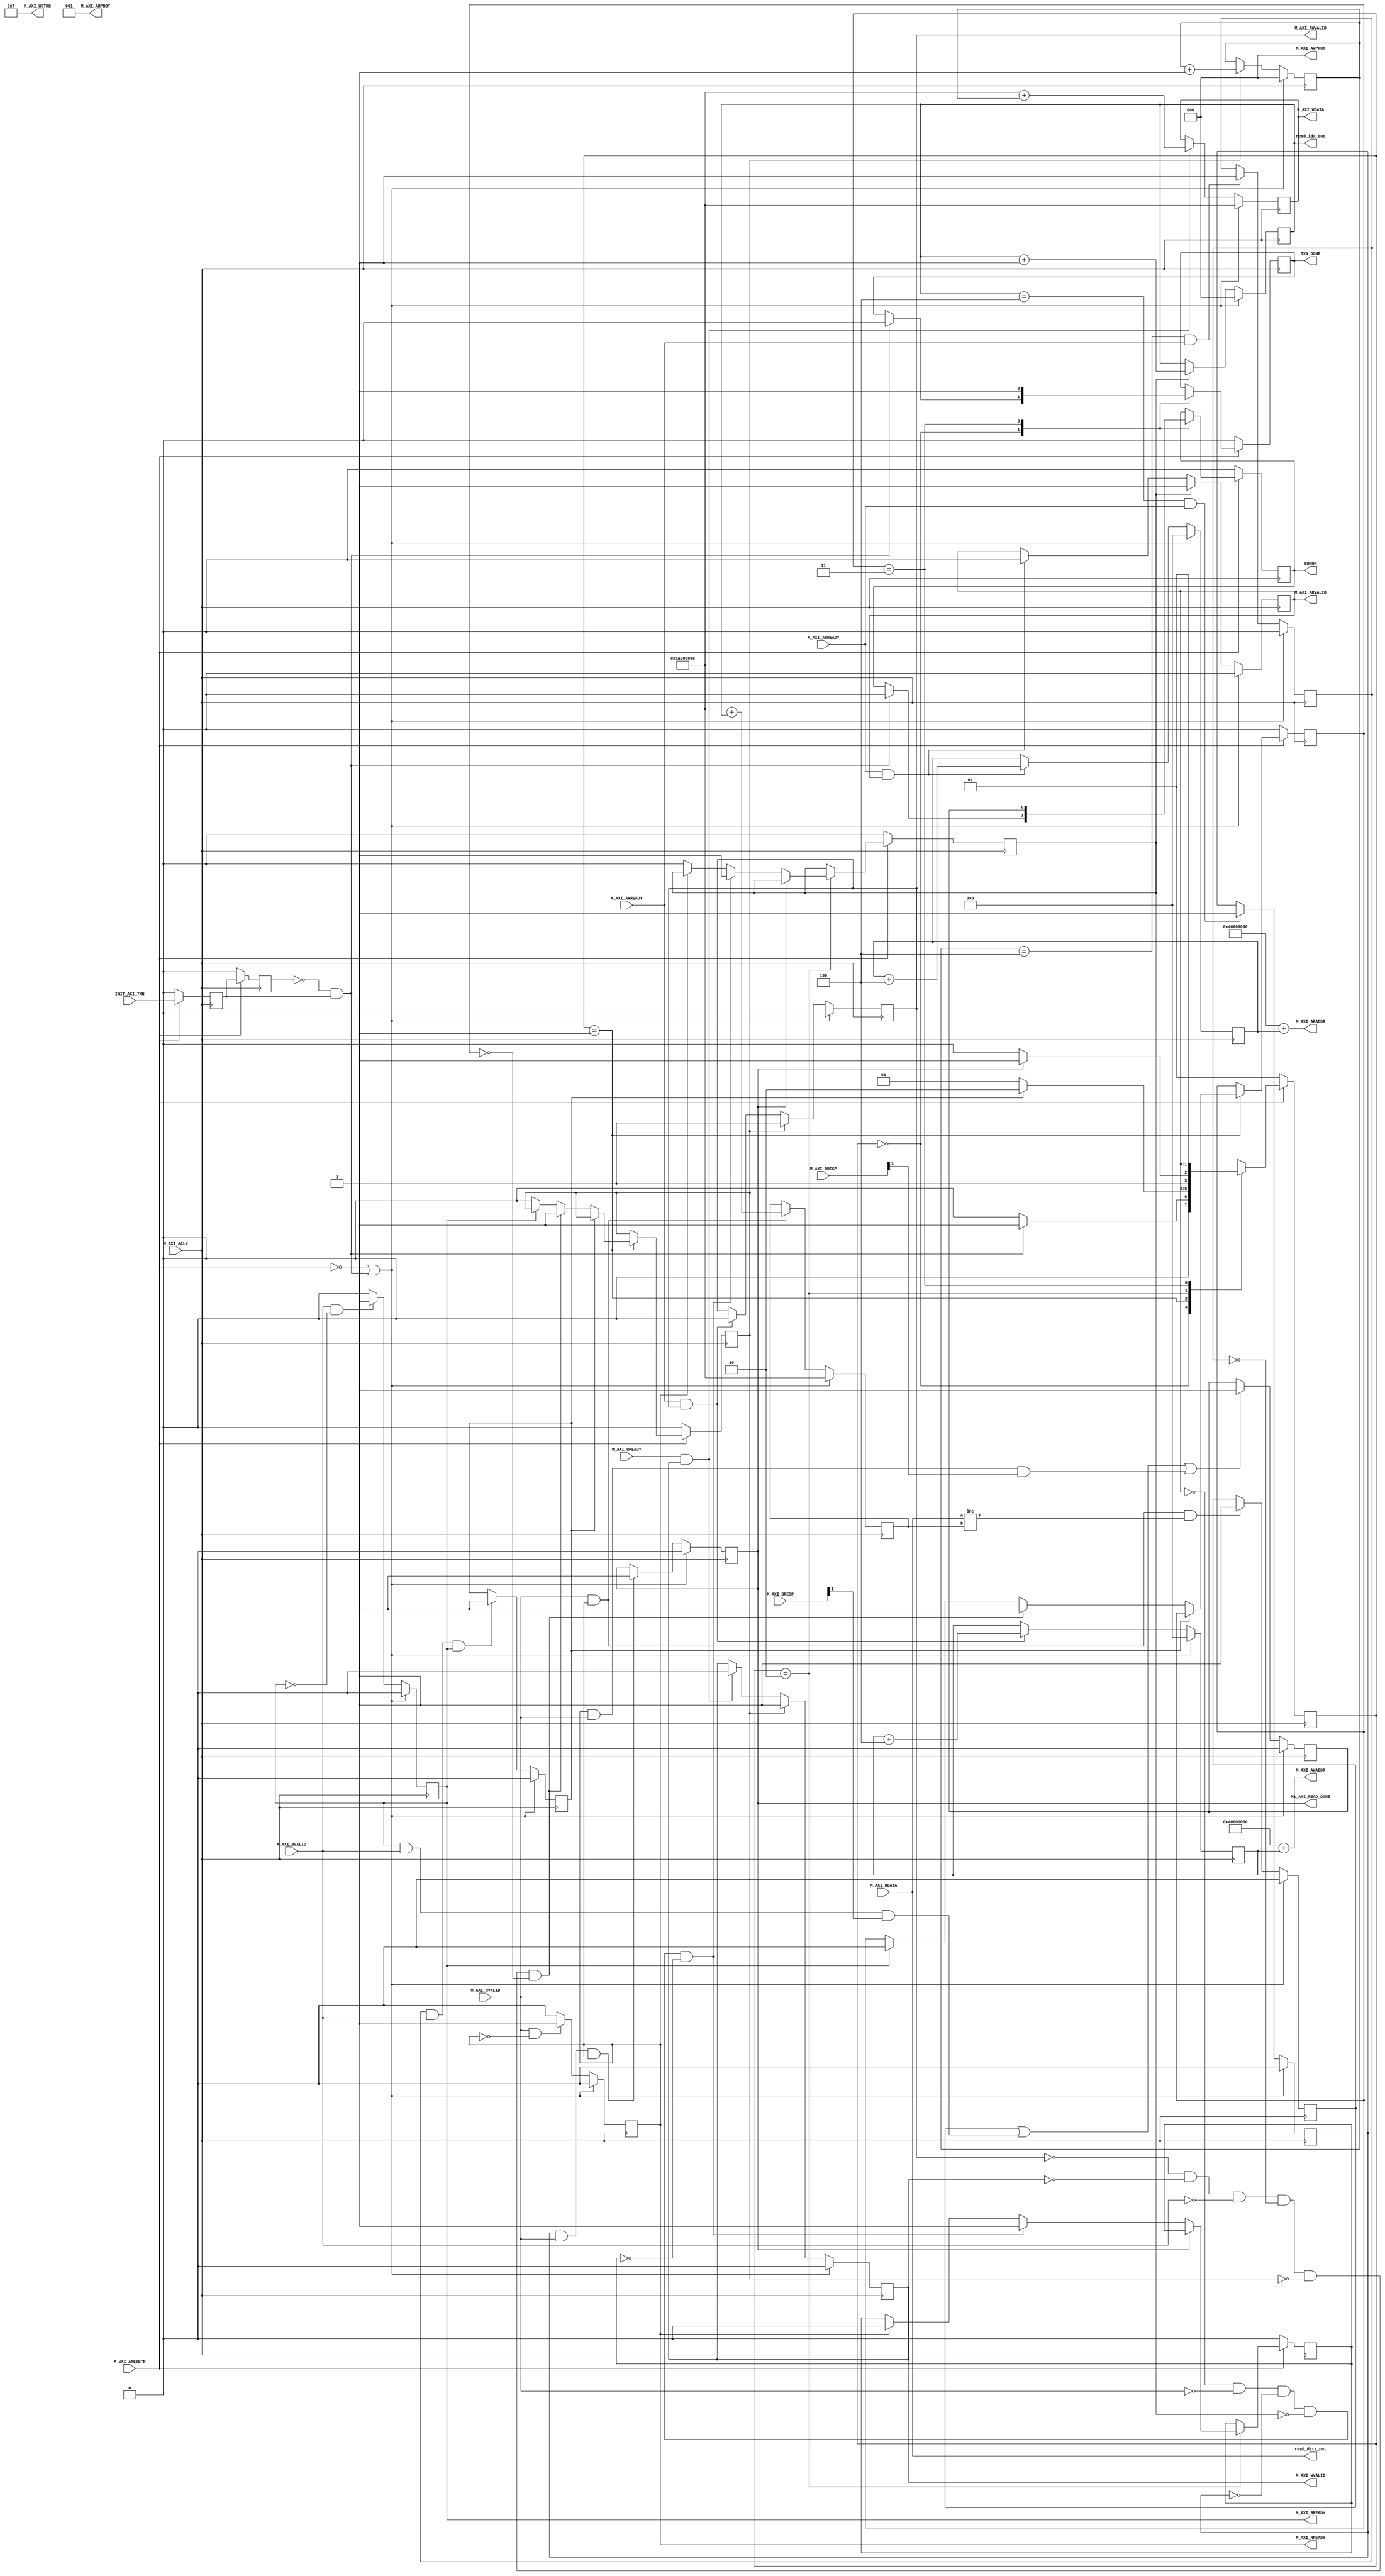
module M01_AXI #
	(
		// Users to add parameters here

		// User parameters ends
		// Do not modify the parameters beyond this line

		// The master will start generating data from the C_M_START_DATA_VALUE value
		parameter  C_M_START_DATA_VALUE	= 32'hAA000000,
		// The master requires a target slave base address.
    // The master will initiate read and write transactions on the slave with base address specified here as a parameter.
		parameter  C_M_TARGET_SLAVE_BASE_ADDR	= 32'h40000000,
		// Width of M_AXI address bus. 
    // The master generates the read and write addresses of width specified as C_M_AXI_ADDR_WIDTH.
		parameter integer C_M_AXI_ADDR_WIDTH	= 32,
		// Width of M_AXI data bus. 
    // The master issues write data and accept read data where the width of the data bus is C_M_AXI_DATA_WIDTH
		parameter integer C_M_AXI_DATA_WIDTH	= 32,
		// Transaction number is the number of write 
    // and read transactions the master will perform as a part of this example memory test.
		parameter integer C_M_TRANSACTIONS_NUM	= 4
	)
	(
		// Users to add ports here

		// User ports ends
		// Do not modify the ports beyond this line

		// Initiate AXI transactions
		input wire  INIT_AXI_TXN,
		// Asserts when ERROR is detected
		output reg  ERROR,
		// Asserts when AXI transactions is complete
		output wire  TXN_DONE,
		// AXI clock signal
		input wire  M_AXI_ACLK,
		// AXI active low reset signal
		input wire  M_AXI_ARESETN,
		// Master Interface Write Address Channel ports. Write address (issued by master)
		output wire [C_M_AXI_ADDR_WIDTH-1 : 0] M_AXI_AWADDR,
		// Write channel Protection type.
    // This signal indicates the privilege and security level of the transaction,
    // and whether the transaction is a data access or an instruction access.
		output wire [2 : 0] M_AXI_AWPROT,
		// Write address valid. 
    // This signal indicates that the master signaling valid write address and control information.
		output wire  M_AXI_AWVALID,
		// Write address ready. 
    // This signal indicates that the slave is ready to accept an address and associated control signals.
		input wire  M_AXI_AWREADY,
		// Master Interface Write Data Channel ports. Write data (issued by master)
		output wire [C_M_AXI_DATA_WIDTH-1 : 0] M_AXI_WDATA,
		// Write strobes. 
    // This signal indicates which byte lanes hold valid data.
    // There is one write strobe bit for each eight bits of the write data bus.
		output wire [C_M_AXI_DATA_WIDTH/8-1 : 0] M_AXI_WSTRB,
		// Write valid. This signal indicates that valid write data and strobes are available.
		output wire  M_AXI_WVALID,
		// Write ready. This signal indicates that the slave can accept the write data.
		input wire  M_AXI_WREADY,
		// Master Interface Write Response Channel ports. 
    // This signal indicates the status of the write transaction.
		input wire [1 : 0] M_AXI_BRESP,
		// Write response valid. 
    // This signal indicates that the channel is signaling a valid write response
		input wire  M_AXI_BVALID,
		// Response ready. This signal indicates that the master can accept a write response.
		output wire  M_AXI_BREADY,
		// Master Interface Read Address Channel ports. Read address (issued by master)
		output wire [C_M_AXI_ADDR_WIDTH-1 : 0] M_AXI_ARADDR,
		// Protection type. 
    // This signal indicates the privilege and security level of the transaction, 
    // and whether the transaction is a data access or an instruction access.
		output wire [2 : 0] M_AXI_ARPROT,
		// Read address valid. 
    // This signal indicates that the channel is signaling valid read address and control information.
		output wire  M_AXI_ARVALID,
		// Read address ready. 
    // This signal indicates that the slave is ready to accept an address and associated control signals.
		input wire  M_AXI_ARREADY,
		// Master Interface Read Data Channel ports. Read data (issued by slave)
		input wire [C_M_AXI_DATA_WIDTH-1 : 0] M_AXI_RDATA,
		// Read response. This signal indicates the status of the read transfer.
		input wire [1 : 0] M_AXI_RRESP,
		// Read valid. This signal indicates that the channel is signaling the required read data.
		input wire  M_AXI_RVALID,
		// Read ready. This signal indicates that the master can accept the read data and response information.
		output wire  M_AXI_RREADY,

		//user add
		
        output wire                             M1_AXI_READ_DONE,
		output wire [C_M_AXI_DATA_WIDTH-1 : 0] read_data_out,
		output wire [TRANS_NUM_BITS : 0]       read_idx_out
	);

	// function called clogb2 that returns an integer which has the
	// value of the ceiling of the log base 2

	 function integer clogb2 (input integer bit_depth);
		 begin
		 for(clogb2=0; bit_depth>0; clogb2=clogb2+1)
			 bit_depth = bit_depth >> 1;
		 end
	 endfunction

	// TRANS_NUM_BITS is the width of the index counter for 
	// number of write or read transaction.
	 localparam integer TRANS_NUM_BITS = clogb2(C_M_TRANSACTIONS_NUM-1);

	// Example State machine to initialize counter, initialize write transactions, 
	// initialize read transactions and comparison of read data with the 
	// written data words.
	parameter [1:0] IDLE = 2'b00, // This state initiates AXI4Lite transaction 
			// after the state machine changes state to INIT_WRITE   
			// when there is 0 to 1 transition on INIT_AXI_TXN
		INIT_WRITE   = 2'b01, // This state initializes write transaction,
			// once writes are done, the state machine 
			// changes state to INIT_READ 
		INIT_READ = 2'b10, // This state initializes read transaction
			// once reads are done, the state machine 
			// changes state to INIT_COMPARE 
		INIT_COMPARE = 2'b11; // This state issues the status of comparison 
			// of the written data with the read data	

	 reg [1:0] mst_exec_state;

	// AXI4LITE signals
	//write address valid
	reg  	axi_awvalid;
	//write data valid
	reg  	axi_wvalid;
	//read address valid
	reg  	axi_arvalid;
	//read data acceptance
	reg  	axi_rready;
	//write response acceptance
	reg  	axi_bready;
	//write address
	reg [C_M_AXI_ADDR_WIDTH-1 : 0] 	axi_awaddr;
	//write data
	reg [C_M_AXI_DATA_WIDTH-1 : 0] 	axi_wdata;
	//read addresss
	reg [C_M_AXI_ADDR_WIDTH-1 : 0] 	axi_araddr;
	//Asserts when there is a write response error
	wire  	write_resp_error;
	//Asserts when there is a read response error
	wire  	read_resp_error;
	//A pulse to initiate a write transaction
	reg  	start_single_write;
	//A pulse to initiate a read transaction
	reg  	start_single_read;
	//Asserts when a single beat write transaction is issued and remains asserted till the completion of write trasaction.
	reg  	write_issued;
	//Asserts when a single beat read transaction is issued and remains asserted till the completion of read trasaction.
	reg  	read_issued;
	//flag that marks the completion of write trasactions. The number of write transaction is user selected by the parameter C_M_TRANSACTIONS_NUM.
	reg  	writes_done;
	//flag that marks the completion of read trasactions. The number of read transaction is user selected by the parameter C_M_TRANSACTIONS_NUM
	reg  	reads_done;
	//The error register is asserted when any of the write response error, read response error or the data mismatch flags are asserted.
	reg  	error_reg;
	//index counter to track the number of write transaction issued
	reg [TRANS_NUM_BITS : 0] 	write_index;
	//index counter to track the number of read transaction issued
	reg [TRANS_NUM_BITS : 0] 	read_index;
	//Expected read data used to compare with the read data.
	reg [C_M_AXI_DATA_WIDTH-1 : 0] 	expected_rdata;
	//Flag marks the completion of comparison of the read data with the expected read data
	reg  	compare_done;
	//This flag is asserted when there is a mismatch of the read data with the expected read data.
	reg  	read_mismatch;
	//Flag is asserted when the write index reaches the last write transction number
	reg  	last_write;
	//Flag is asserted when the read index reaches the last read transction number
	reg  	last_read;
	reg  	init_txn_ff;
	reg  	init_txn_ff2;
	reg  	init_txn_edge;
	wire  	init_txn_pulse;


	// I/O Connections assignments

	//Adding the offset address to the base addr of the slave
	assign M_AXI_AWADDR	= C_M_TARGET_SLAVE_BASE_ADDR + 32'h00001000 + axi_awaddr;
	//AXI 4 write data
	assign M_AXI_WDATA	= axi_wdata;
	assign M_AXI_AWPROT	= 3'b000;
	assign M_AXI_AWVALID	= axi_awvalid;
	//Write Data(W)
	assign M_AXI_WVALID	= axi_wvalid;
	//Set all byte strobes in this example
	assign M_AXI_WSTRB	= 4'b1111;
	//Write Response (B)
	assign M_AXI_BREADY	= axi_bready;
	//Read Address (AR)
	assign M_AXI_ARADDR	= C_M_TARGET_SLAVE_BASE_ADDR + axi_araddr;
	assign M_AXI_ARVALID	= axi_arvalid;
	assign M_AXI_ARPROT	= 3'b001;
	//Read and Read Response (R)
	assign M_AXI_RREADY	= axi_rready;
	//Example design I/O
	assign TXN_DONE	= compare_done;
	assign init_txn_pulse	= (!init_txn_ff2) && init_txn_ff;


	//Generate a pulse to initiate AXI transaction.
	always @(posedge M_AXI_ACLK)										      
	  begin                                                                        
	    // Initiates AXI transaction delay    
	    if (M_AXI_ARESETN == 0 )                                                   
	      begin                                                                    
	        init_txn_ff <= 1'b0;                                                   
	        init_txn_ff2 <= 1'b0;                                                   
	      end                                                                               
	    else                                                                       
	      begin  
	        init_txn_ff <= INIT_AXI_TXN;
	        init_txn_ff2 <= init_txn_ff;                                                                 
	      end                                                                      
	  end     


	//--------------------
	//Write Address Channel
	//--------------------

	// The purpose of the write address channel is to request the address and 
	// command information for the entire transaction.  It is a single beat
	// of information.

	// Note for this example the axi_awvalid/axi_wvalid are asserted at the same
	// time, and then each is deasserted independent from each other.
	// This is a lower-performance, but simplier control scheme.

	// AXI VALID signals must be held active until accepted by the partner.

	// A data transfer is accepted by the slave when a master has
	// VALID data and the slave acknoledges it is also READY. While the master
	// is allowed to generated multiple, back-to-back requests by not 
	// deasserting VALID, this design will add rest cycle for
	// simplicity.

	// Since only one outstanding transaction is issued by the user design,
	// there will not be a collision between a new request and an accepted
	// request on the same clock cycle. 

	  always @(posedge M_AXI_ACLK)										      
	  begin                                                                        
	    //Only VALID signals must be deasserted during reset per AXI spec          
	    //Consider inverting then registering active-low reset for higher fmax     
	    if (M_AXI_ARESETN == 0 || init_txn_pulse == 1'b1)                                                   
	      begin                                                                    
	        axi_awvalid <= 1'b0;                                                   
	      end                                                                      
	      //Signal a new address/data command is available by user logic           
	    else                                                                       
	      begin                                                                    
	        if (start_single_write)                                                
	          begin                                                                
	            axi_awvalid <= 1'b1;                                               
	          end                                                                  
	     //Address accepted by interconnect/slave (issue of M_AXI_AWREADY by slave)
	        else if (M_AXI_AWREADY && axi_awvalid)                                 
	          begin                                                                
	            axi_awvalid <= 1'b0;                                               
	          end                                                                  
	      end                                                                      
	  end                                                                          
	                                                                               
	                                                                               
	  // start_single_write triggers a new write                                   
	  // transaction. write_index is a counter to                                  
	  // keep track with number of write transaction                               
	  // issued/initiated                                                          
	  always @(posedge M_AXI_ACLK)                                                 
	  begin                                                                        
	    if (M_AXI_ARESETN == 0 || init_txn_pulse == 1'b1)                                                   
	      begin                                                                    
	        write_index <= 0;                                                      
	      end                                                                      
	      // Signals a new write address/ write data is                            
	      // available by user logic                                               
	    else if (start_single_write)                                               
	      begin                                                                    
	        write_index <= write_index + 1;                                        
	      end                                                                      
	  end                                                                          


	//--------------------
	//Write Data Channel
	//--------------------

	//The write data channel is for transfering the actual data.
	//The data generation is speific to the example design, and 
	//so only the WVALID/WREADY handshake is shown here

	   always @(posedge M_AXI_ACLK)                                        
	   begin                                                                         
	     if (M_AXI_ARESETN == 0  || init_txn_pulse == 1'b1)                                                    
	       begin                                                                     
	         axi_wvalid <= 1'b0;                                                     
	       end                                                                       
	     //Signal a new address/data command is available by user logic              
	     else if (start_single_write)                                                
	       begin                                                                     
	         axi_wvalid <= 1'b1;                                                     
	       end                                                                       
	     //Data accepted by interconnect/slave (issue of M_AXI_WREADY by slave)      
	     else if (M_AXI_WREADY && axi_wvalid)                                        
	       begin                                                                     
	        axi_wvalid <= 1'b0;                                                      
	       end                                                                       
	   end                                                                           


	//----------------------------
	//Write Response (B) Channel
	//----------------------------

	//The write response channel provides feedback that the write has committed
	//to memory. BREADY will occur after both the data and the write address
	//has arrived and been accepted by the slave, and can guarantee that no
	//other accesses launched afterwards will be able to be reordered before it.

	//The BRESP bit [1] is used indicate any errors from the interconnect or
	//slave for the entire write burst. This example will capture the error.

	//While not necessary per spec, it is advisable to reset READY signals in
	//case of differing reset latencies between master/slave.

	  always @(posedge M_AXI_ACLK)                                    
	  begin                                                                
	    if (M_AXI_ARESETN == 0 || init_txn_pulse == 1'b1)                                           
	      begin                                                            
	        axi_bready <= 1'b0;                                            
	      end                                                              
	    // accept/acknowledge bresp with axi_bready by the master          
	    // when M_AXI_BVALID is asserted by slave                          
	    else if (M_AXI_BVALID && ~axi_bready)                              
	      begin                                                            
	        axi_bready <= 1'b1;                                            
	      end                                                              
	    // deassert after one clock cycle                                  
	    else if (axi_bready)                                               
	      begin                                                            
	        axi_bready <= 1'b0;                                            
	      end                                                              
	    // retain the previous value                                       
	    else                                                               
	      axi_bready <= axi_bready;                                        
	  end                                                                  
	                                                                       
	//Flag write errors                                                    
	assign write_resp_error = (axi_bready & M_AXI_BVALID & M_AXI_BRESP[1]);


	//----------------------------
	//Read Address Channel
	//----------------------------

	//start_single_read triggers a new read transaction. read_index is a counter to
	//keep track with number of read transaction issued/initiated

	  always @(posedge M_AXI_ACLK)                                                     
	  begin                                                                            
	    if (M_AXI_ARESETN == 0 || init_txn_pulse == 1'b1)                                                       
	      begin                                                                        
	        read_index <= 0;                                                           
	      end                                                                          
	    // Signals a new read address is                                               
	    // available by user logic                                                     
	    else if (start_single_read)                                                    
	      begin                                                                        
	        read_index <= read_index + 1;                                              
	      end                                                                          
	  end                                                                              
	                                                                                   
	  // A new axi_arvalid is asserted when there is a valid read address              
	  // available by the master. start_single_read triggers a new read                
	  // transaction                                                                   
	  always @(posedge M_AXI_ACLK)                                                     
	  begin                                                                            
	    if (M_AXI_ARESETN == 0 || init_txn_pulse == 1'b1)                                                       
	      begin                                                                        
	        axi_arvalid <= 1'b0;                                                       
	      end                                                                          
	    //Signal a new read address command is available by user logic                 
	    else if (start_single_read)                                                    
	      begin                                                                        
	        axi_arvalid <= 1'b1;                                                       
	      end                                                                          
	    //RAddress accepted by interconnect/slave (issue of M_AXI_ARREADY by slave)    
	    else if (M_AXI_ARREADY && axi_arvalid)                                         
	      begin                                                                        
	        axi_arvalid <= 1'b0;                                                       
	      end                                                                          
	    // retain the previous value                                                   
	  end                                                                              


	//--------------------------------
	//Read Data (and Response) Channel
	//--------------------------------

	//The Read Data channel returns the results of the read request 
	//The master will accept the read data by asserting axi_rready
	//when there is a valid read data available.
	//While not necessary per spec, it is advisable to reset READY signals in
	//case of differing reset latencies between master/slave.

	  always @(posedge M_AXI_ACLK)                                    
	  begin                                                                 
	    if (M_AXI_ARESETN == 0 || init_txn_pulse == 1'b1)                                            
	      begin                                                             
	        axi_rready <= 1'b0;                                             
	      end                                                               
	    // accept/acknowledge rdata/rresp with axi_rready by the master     
	    // when M_AXI_RVALID is asserted by slave                           
	    else if (M_AXI_RVALID && ~axi_rready)                               
	      begin                                                             
	        axi_rready <= 1'b1;                                             
	      end                                                               
	    // deassert after one clock cycle                                   
	    else if (axi_rready)                                                
	      begin                                                             
	        axi_rready <= 1'b0;                                             
	      end                                                               
	    // retain the previous value                                        
	  end                                                                   
	                                                                        
	//Flag write errors                                                     
	assign read_resp_error = (axi_rready & M_AXI_RVALID & M_AXI_RRESP[1]);  


	//--------------------------------
	//User Logic
	//--------------------------------

	//Address/Data Stimulus

	//Address/data pairs for this example. The read and write values should
	//match.
	//Modify these as desired for different address patterns.

	  //Write Addresses                                        
	  always @(posedge M_AXI_ACLK)                                  
	      begin                                                     
	        if (M_AXI_ARESETN == 0  || init_txn_pulse == 1'b1)                                
	          begin                                                 
	            axi_awaddr <= 0;                                    
	          end                                                   
	          // Signals a new write address/ write data is         
	          // available by user logic                            
	        else if (M_AXI_AWREADY && axi_awvalid)                  
	          begin                                                 
	            axi_awaddr <= axi_awaddr + 32'h00000004;            
	                                                                
	          end                                                   
	      end                                                       
	                                                                
	  // Write data generation                                      
	  always @(posedge M_AXI_ACLK)                                  
	      begin                                                     
	        if (M_AXI_ARESETN == 0 || init_txn_pulse == 1'b1 )                                
	          begin                                                 
	            axi_wdata <= C_M_START_DATA_VALUE;                  
	          end                                                   
	        // Signals a new write address/ write data is           
	        // available by user logic                              
	        else if (M_AXI_WREADY && axi_wvalid)                    
	          begin                                                 
	            axi_wdata <= C_M_START_DATA_VALUE + write_index;    
	          end                                                   
	        end          	                                       
	                                                                
	  //Read Addresses                                              
	  always @(posedge M_AXI_ACLK)                                  
	      begin                                                     
	        if (M_AXI_ARESETN == 0  || init_txn_pulse == 1'b1)                                
	          begin                                                 
	            axi_araddr <= 0;                                    
	          end                                                   
	          // Signals a new write address/ write data is         
	          // available by user logic                            
	        else if (M_AXI_ARREADY && axi_arvalid)                  
	          begin                                                 
	            axi_araddr <= axi_araddr + 32'h00000004;            
	          end                                                   
	      end                                                       
	                                                                
	                                                                
	                                                                
	  always @(posedge M_AXI_ACLK)                                  
	      begin                                                     
	        if (M_AXI_ARESETN == 0  || init_txn_pulse == 1'b1)                                
	          begin                                                 
	            expected_rdata <= C_M_START_DATA_VALUE;             
	          end                                                   
	          // Signals a new write address/ write data is         
	          // available by user logic                            
	        else if (M_AXI_RVALID && axi_rready)                    
	          begin                                                 
	            expected_rdata <= C_M_START_DATA_VALUE + read_index;
	          end                                                   
	      end                                                       
	  //implement master command interface state machine                         
	  always @ ( posedge M_AXI_ACLK)                                                    
	  begin                                                                             
	    if (M_AXI_ARESETN == 1'b0)                                                     
	      begin                                                                         
	      // reset condition                                                            
	      // All the signals are assigned default values under reset condition          
	        mst_exec_state  <= IDLE;                                            
	        start_single_write <= 1'b0;                                                 
	        write_issued  <= 1'b0;                                                      
	        start_single_read  <= 1'b0;                                                 
	        read_issued   <= 1'b0;                                                      
	        compare_done  <= 1'b0;                                                      
	        ERROR <= 1'b0;
	      end                                                                           
	    else                                                                            
	      begin                                                                         
	       // state transition                                                          
	        case (mst_exec_state)                                                       
	                                                                                    
	          IDLE:                                                             
	          // This state is responsible to initiate 
	          // AXI transaction when init_txn_pulse is asserted 
	            if ( init_txn_pulse == 1'b1 )                                     
	              begin                                                                 
	                mst_exec_state  <= INIT_WRITE;                                      
	                ERROR <= 1'b0;
	                compare_done <= 1'b0;
	              end                                                                   
	            else                                                                    
	              begin                                                                 
	                mst_exec_state  <= IDLE;                                    
	              end                                                                   
	                                                                                    
	          INIT_WRITE:                                                               
	            // This state is responsible to issue start_single_write pulse to       
	            // initiate a write transaction. Write transactions will be             
	            // issued until last_write signal is asserted.                          
	            // write controller                                                     
	            if (writes_done)                                                        
	              begin                                                                 
	                mst_exec_state <= INIT_READ;//                                      
	              end                                                                   
	            else                                                                    
	              begin                                                                 
	                mst_exec_state  <= INIT_WRITE;                                      
	                                                                                    
	                  if (~axi_awvalid && ~axi_wvalid && ~M_AXI_BVALID && ~last_write && ~start_single_write && ~write_issued)
	                    begin                                                           
	                      start_single_write <= 1'b1;                                   
	                      write_issued  <= 1'b1;                                        
	                    end                                                             
	                  else if (axi_bready)                                              
	                    begin                                                           
	                      write_issued  <= 1'b0;                                        
	                    end                                                             
	                  else                                                              
	                    begin                                                           
	                      start_single_write <= 1'b0; //Negate to generate a pulse      
	                    end                                                             
	              end                                                                   
	                                                                                    
	          INIT_READ:                                                                
	            // This state is responsible to issue start_single_read pulse to        
	            // initiate a read transaction. Read transactions will be               
	            // issued until last_read signal is asserted.                           
	             // read controller                                                     
	             if (reads_done)                                                        
	               begin                                                                
	                 mst_exec_state <= INIT_COMPARE;                                    
	               end                                                                  
	             else                                                                   
	               begin                                                                
	                 mst_exec_state  <= INIT_READ;                                      
	                                                                                    
	                 if (~axi_arvalid && ~M_AXI_RVALID && ~last_read && ~start_single_read && ~read_issued)
	                   begin                                                            
	                     start_single_read <= 1'b1;                                     
	                     read_issued  <= 1'b1;                                          
	                   end                                                              
	                 else if (axi_rready)                                               
	                   begin                                                            
	                     read_issued  <= 1'b0;                                          
	                   end                                                              
	                 else                                                               
	                   begin                                                            
	                     start_single_read <= 1'b0; //Negate to generate a pulse        
	                   end                                                              
	               end                                                                  
	                                                                                    
	           INIT_COMPARE:                                                            
	             begin
	                 // This state is responsible to issue the state of comparison          
	                 // of written data with the read data. If no error flags are set,      
	                 // compare_done signal will be asseted to indicate success.            
	                 ERROR <= error_reg; 
	                 mst_exec_state <= IDLE;                                    
	                 compare_done <= 1'b1;                                              
	             end                                                                  
	           default :                                                                
	             begin                                                                  
	               mst_exec_state  <= IDLE;                                     
	             end                                                                    
	        endcase                                                                     
	    end                                                                             
	  end //MASTER_EXECUTION_PROC                                                       
	                                                                                    
	  //Terminal write count                                                            
	                                                                                    
	  always @(posedge M_AXI_ACLK)                                                      
	  begin                                                                             
	    if (M_AXI_ARESETN == 0 || init_txn_pulse == 1'b1)                                                         
	      last_write <= 1'b0;                                                           
	                                                                                    
	    //The last write should be associated with a write address ready response       
	    else if ((write_index == C_M_TRANSACTIONS_NUM) && M_AXI_AWREADY)                
	      last_write <= 1'b1;                                                           
	    else                                                                            
	      last_write <= last_write;                                                     
	  end                                                                               
	                                                                                    
	  //Check for last write completion.                                                
	                                                                                    
	  //This logic is to qualify the last write count with the final write              
	  //response. This demonstrates how to confirm that a write has been                
	  //committed.                                                                      
	                                                                                    
	  always @(posedge M_AXI_ACLK)                                                      
	  begin                                                                             
	    if (M_AXI_ARESETN == 0 || init_txn_pulse == 1'b1)                                                         
	      writes_done <= 1'b0;                                                          
	                                                                                    
	      //The writes_done should be associated with a bready response                 
	    else if (last_write && M_AXI_BVALID && axi_bready)                              
	      writes_done <= 1'b1;                                                          
	    else                                                                            
	      writes_done <= writes_done;                                                   
	  end                                                                               
	                                                                                    
	//------------------                                                                
	//Read example                                                                      
	//------------------                                                                
	                                                                                    
	//Terminal Read Count                                                               
	                                                                                    
	  always @(posedge M_AXI_ACLK)                                                      
	  begin                                                                             
	    if (M_AXI_ARESETN == 0 || init_txn_pulse == 1'b1)                                                         
	      last_read <= 1'b0;                                                            
	                                                                                    
	    //The last read should be associated with a read address ready response         
	    else if ((read_index == C_M_TRANSACTIONS_NUM) && (M_AXI_ARREADY) )              
	      last_read <= 1'b1;                                                            
	    else                                                                            
	      last_read <= last_read;                                                       
	  end                                                                               
	                                                                                    
	/*                                                                                  
	 Check for last read completion.                                                    
	                                                                                    
	 This logic is to qualify the last read count with the final read                   
	 response/data.                                                                     
	 */                                                                                 
	  always @(posedge M_AXI_ACLK)                                                      
	  begin                                                                             
	    if (M_AXI_ARESETN == 0 || init_txn_pulse == 1'b1)                                                         
	      reads_done <= 1'b0;                                                           
	                                                                                    
	    //The reads_done should be associated with a read ready response                
	    else if (last_read && M_AXI_RVALID && axi_rready)                               
	      reads_done <= 1'b1;                                                           
	    else                                                                            
	      reads_done <= reads_done;                                                     
	    end                                                                             
	                                                                                    
	//-----------------------------                                                     
	//Example design error register                                                     
	//-----------------------------                                                     
	                                                                                    
	//Data Comparison                                                                   
	  always @(posedge M_AXI_ACLK)                                                      
	  begin                                                                             
	    if (M_AXI_ARESETN == 0  || init_txn_pulse == 1'b1)                                                         
	    read_mismatch <= 1'b0;                                                          
	                                                                                    
	    //The read data when available (on axi_rready) is compared with the expected data
	    else if ((M_AXI_RVALID && axi_rready) && (M_AXI_RDATA != expected_rdata))         
	      read_mismatch <= 1'b1;                                                        
	    else                                                                            
	      read_mismatch <= read_mismatch;                                               
	  end                                                                               
	                                                                                    
	// Register and hold any data mismatches, or read/write interface errors            
	  always @(posedge M_AXI_ACLK)                                                      
	  begin                                                                             
	    if (M_AXI_ARESETN == 0  || init_txn_pulse == 1'b1)                                                         
	      error_reg <= 1'b0;                                                            
	                                                                                    
	    //Capture any error types                                                       
	    else if (read_mismatch || write_resp_error || read_resp_error)                  
	      error_reg <= 1'b1;                                                            
	    else                                                                            
	      error_reg <= error_reg;                                                       
	  end                                                                               
	// Add user logic here

    
	assign read_data_out = M_AXI_RDATA;
    assign read_idx_out = read_index;
    assign M1_AXI_READ_DONE = reads_done;
	
	// User logic ends

	endmodule